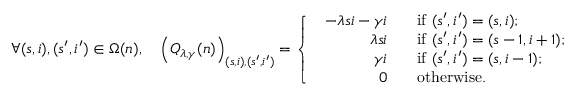
\forall ( s , i ) , ( s ^ { \prime } , i ^ { \prime } ) \in \Omega ( n ) , \quad \left( Q _ { \lambda , \gamma } ( n ) \right) _ { ( s , i ) , ( s ^ { \prime } , i ^ { \prime } ) } = \left\{ \begin{array} { l l } { \begin{array} { r l } { - \lambda s i - \gamma i \; \; } & { \mathrm { ~ i f ~ } ( s ^ { \prime } , i ^ { \prime } ) = ( s , i ) ; } \\ { \lambda s i \; \; } & { \mathrm { ~ i f ~ } ( s ^ { \prime } , i ^ { \prime } ) = ( s - 1 , i + 1 ) ; } \\ { \gamma i \; \; } & { \mathrm { ~ i f ~ } ( s ^ { \prime } , i ^ { \prime } ) = ( s , i - 1 ) ; } \\ { 0 \; \; } & { \mathrm { ~ o t h e r w i s e . } } \end{array} } \end{array} \right.